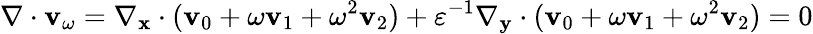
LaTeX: \nabla\cdot\mathbf{v}_{\omega}=\nabla_{\mathbf x}\cdot(\mathbf v_{0}+\omega\mathbf v_{1}+\omega^{2}\mathbf v_{2})+\varepsilon^{-1}\nabla_{\mathbf y}\cdot(\mathbf v_{0}+\omega\mathbf v_{1}+\omega^{2}\mathbf v_{2})=0